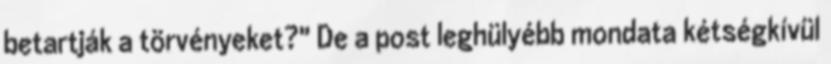
betartják a törvényeket?" De a post leghülyébb mondata kétségkívül